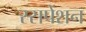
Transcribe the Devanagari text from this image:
स्सपेंशन